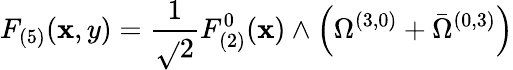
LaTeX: F_{(5)}(\mathbf{x},y)=\frac{1}{{\sqrt{}{{2}}}}F_{(2)}^{0}(\mathbf{x})\wedge\left(\Omega^{(3,0)}+\bar{{\Omega}}^{(0,3)}\right)